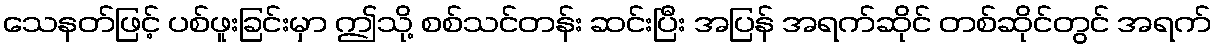
သေနတ်ဖြင့် ပစ်ဖူးခြင်းမှာ ဤသို့ စစ်သင်တန်း ဆင်းပြီး အပြန် အရက်ဆိုင် တစ်ဆိုင်တွင် အရက်